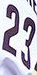
23